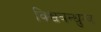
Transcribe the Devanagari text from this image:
विश्वबन्धुत्व